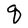
Character: q